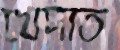
খেদাত